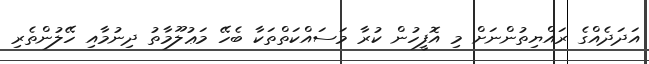
އަދަދެއްގެ ރައްޔިތުންނަށް މި އޮފީހުން ކުރާ މަސައްކަތްތަކާ ބެހޭ މަޢުލޫމާތު ދިނުމާއި ހޭލުންތެރި